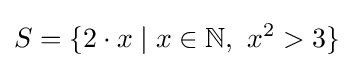
S=\{2\cdot x\mid x\in \mathbb {N} ,\ x^{2}>3\}